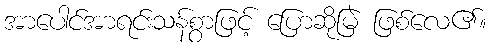
အာပေါင်အာရင်းသန်စွာဖြင့် ပြောဆိုမြဲ ဖြစ်လေ၏။